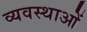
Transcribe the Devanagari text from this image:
व्यवस्थाआें